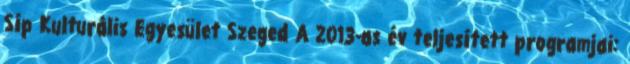
Síp Kulturális Egyesület Szeged A 2013-as év teljesített programjai: